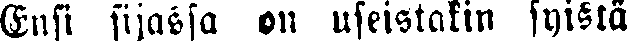
Ensi sijassa on useistakin syistä